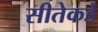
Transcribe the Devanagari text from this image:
सीतेकडे